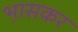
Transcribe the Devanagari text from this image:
भ़ासकर